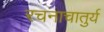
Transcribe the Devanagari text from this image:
रचनाचातुर्य